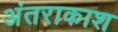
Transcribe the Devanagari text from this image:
अंतराकाश